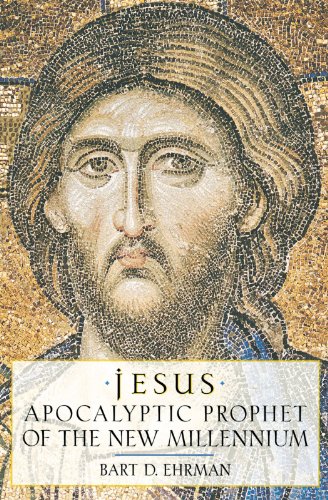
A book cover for Jesus: Apocalyptic Prophet of the New Millennium; Bart D. Ehrman; Christian Books & Bibles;